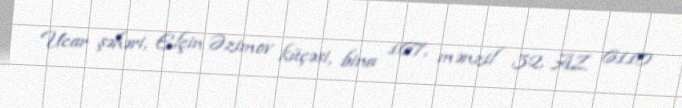
Ucar şəhəri, Elçin Əzimov küçəsi, bina 167, mənzil 32, AZ 6110